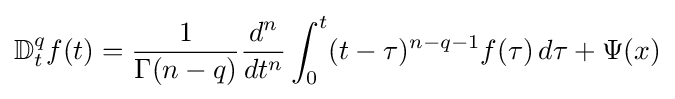
\mathbb {D} _{t}^{q}f(t)={\frac {1}{\Gamma (n-q)}}{\frac {d^{n}}{dt^{n}}}\int _{0}^{t}(t-\tau )^{n-q-1}f(\tau )\,d\tau +\Psi (x)